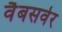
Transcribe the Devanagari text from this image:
वैबसर्वर